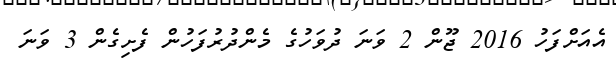
އެއަށްފަހު 2016 ޖޫން 2 ވަނަ ދުވަހުގެ މެންދުރުފަހުން ފެށިގެން 3 ވަނަ